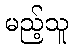
မည့်သူ